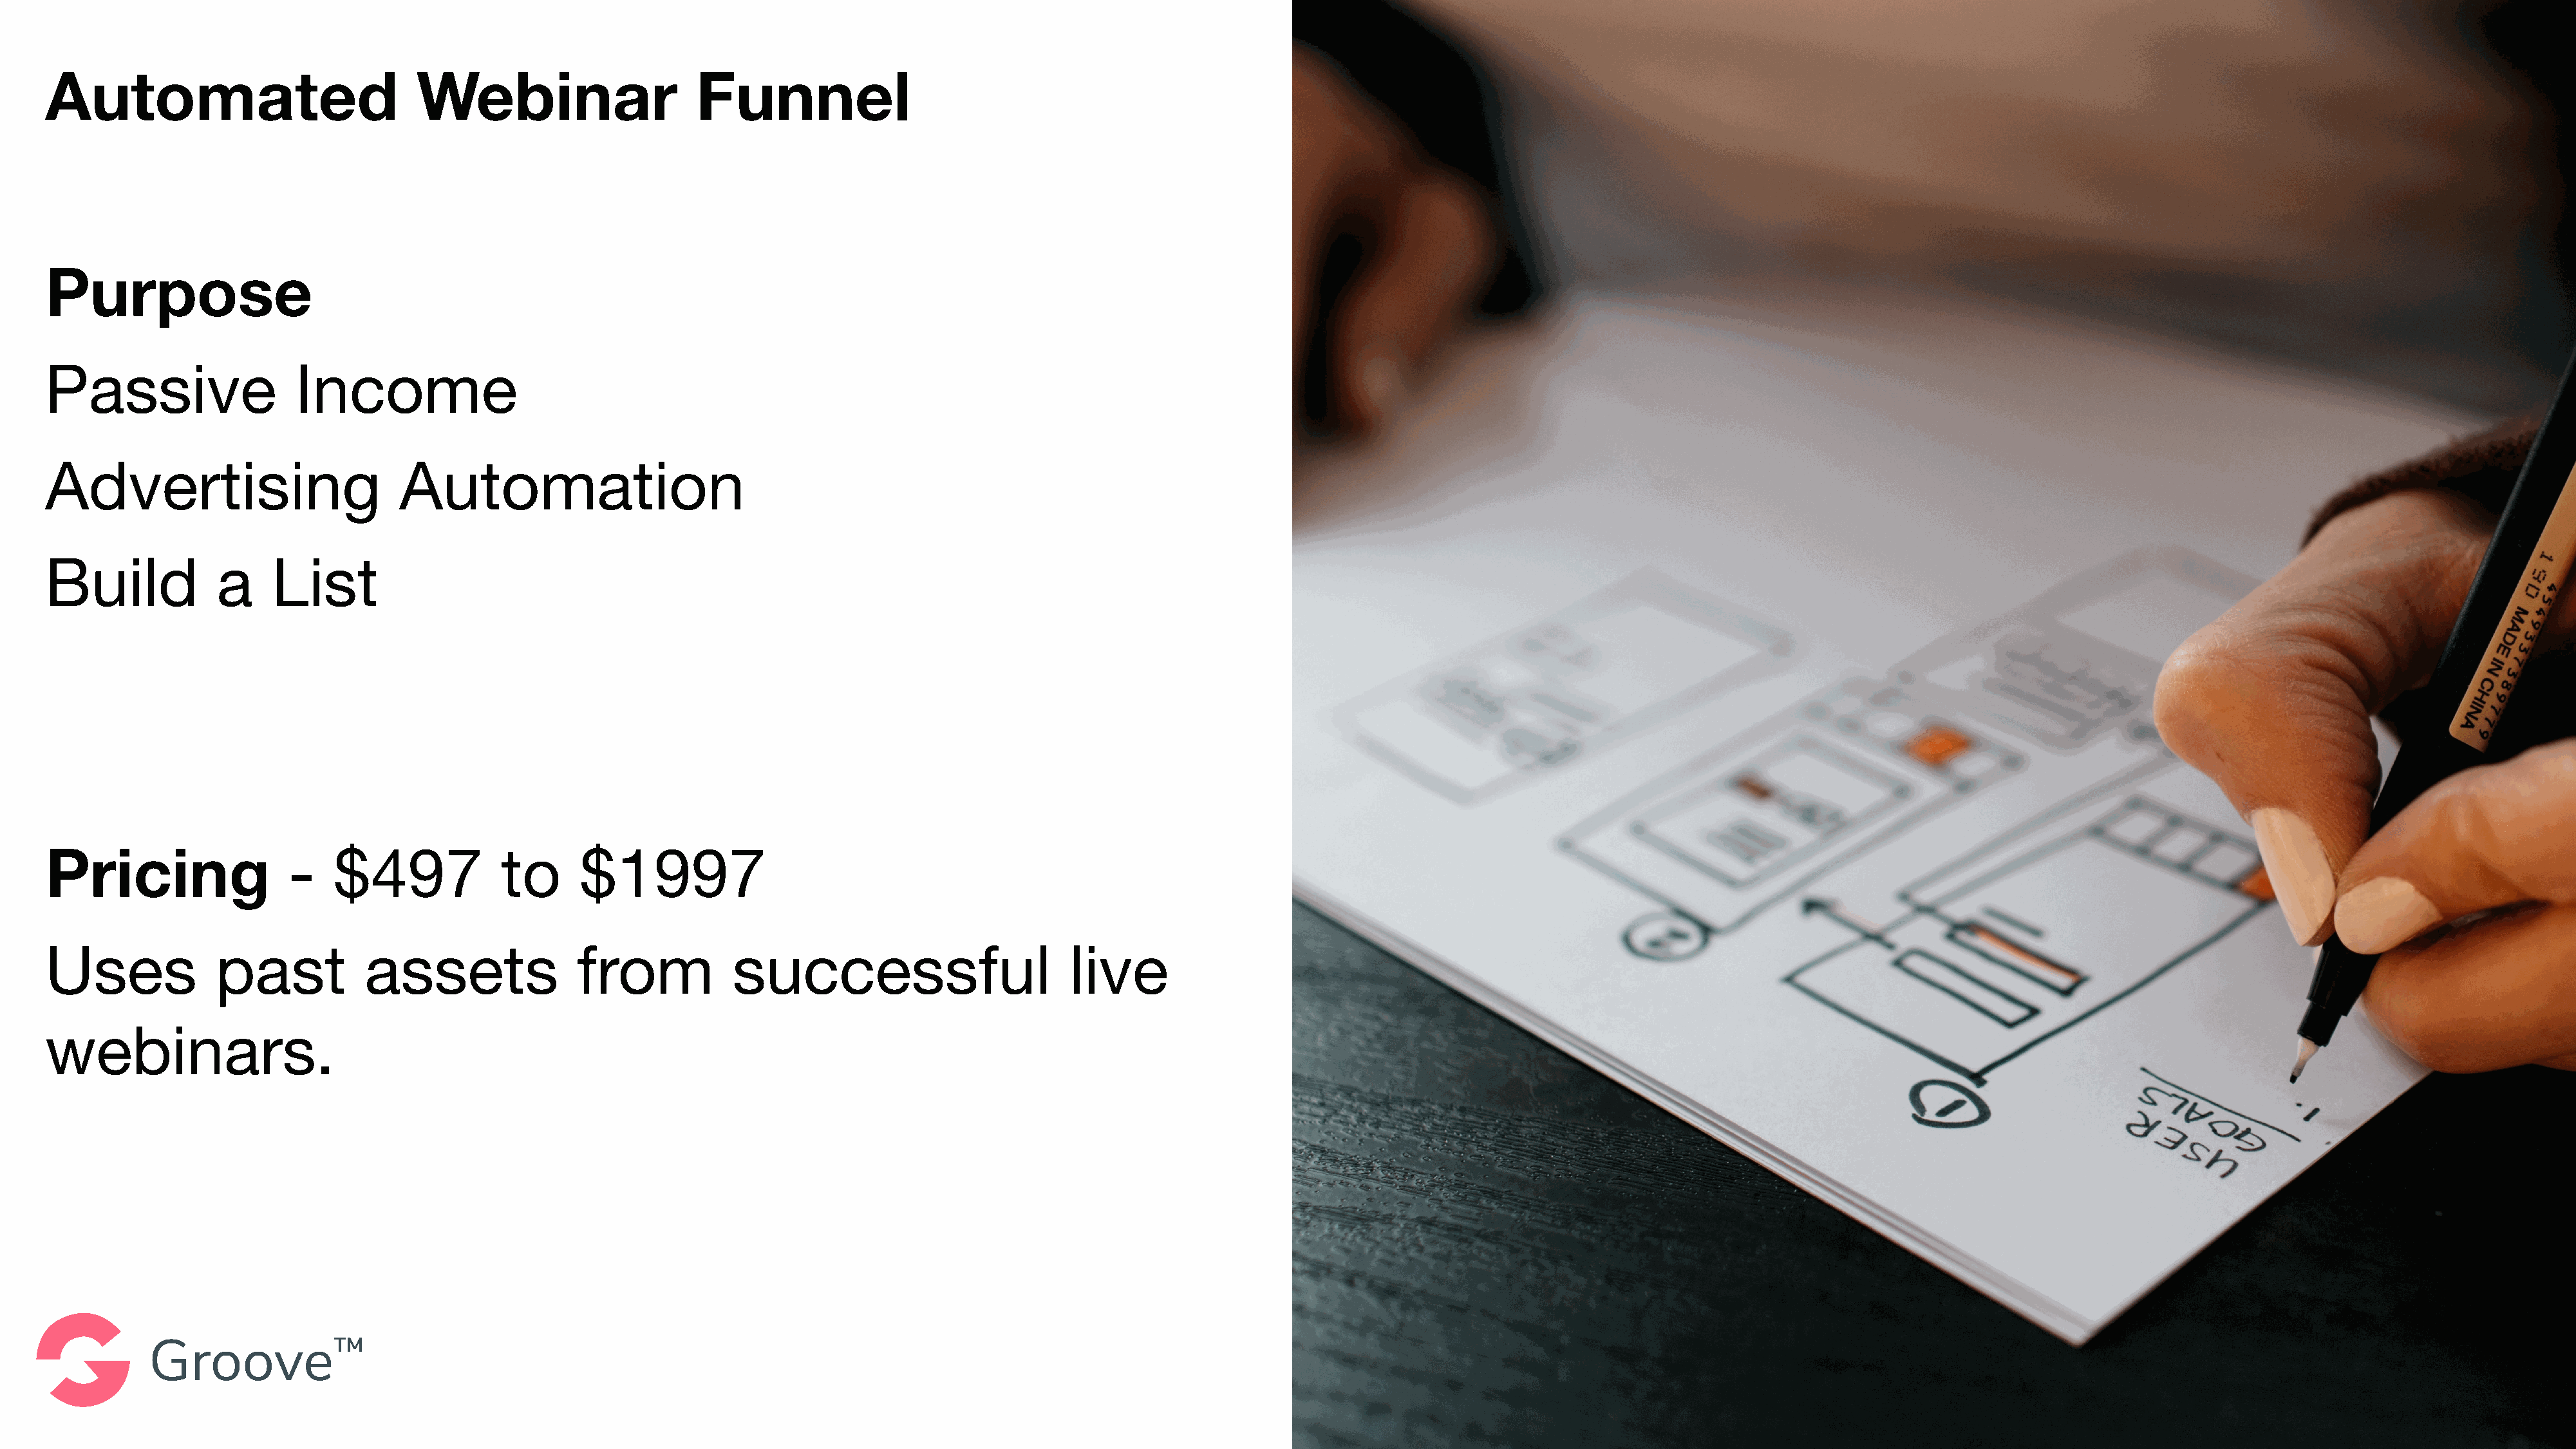
Automated                             Webinar                      Funnel
 Purpose
 Passive                  Income
 Advertising                         Automation
 Build            a     List
 Pricing                  -   $497              to      $1997
 Uses             past           assets                from            successful                         live
 webinars.